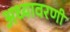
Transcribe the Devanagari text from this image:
अध्यावरणी